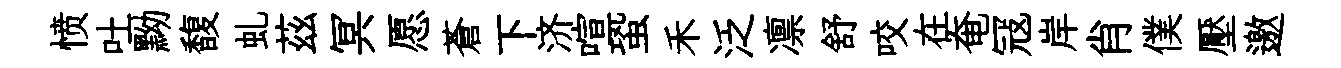
愤吐黝馥虬茲冥愿蒼下济喧蛩禾泛凛舒咬在奄冦岸肖僕壓邀